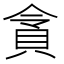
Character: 𮙿